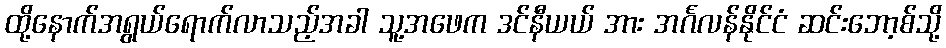
ထို့နောက်အရွယ်ရောက်လာသည့်အခါ သူ့အဖေက ဒင်နီယယ် အား အင်္ဂလန်နိုင်ငံ ဆင်းဘော့စ်သို့